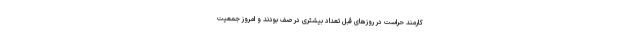
کارمند حراست در روز‌های قبل تعداد بیشتری در صف بودند و امروز جمعیت